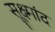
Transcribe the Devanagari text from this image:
सूक्ष्मांद